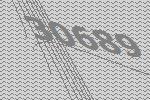
30689